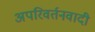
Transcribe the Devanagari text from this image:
अपरिवर्तनवादी